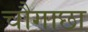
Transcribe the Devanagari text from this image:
चौगाछा